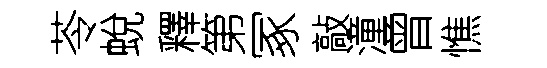
苓蛻釋第冢敲潼曾憔